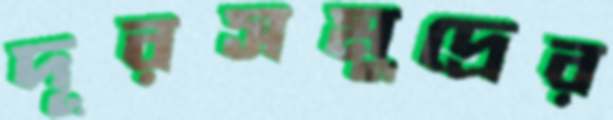
দূরসমুদ্রের